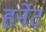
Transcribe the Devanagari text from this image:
हर्नेट